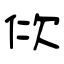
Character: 佽